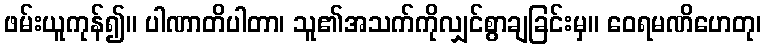
ဖမ်းယူကုန်၍။ ပါဏာတိပါတာ၊ သူ၏အသက်ကိုလျှင်စွာချခြင်းမှ။ ဝေရမဏိဟေတု၊